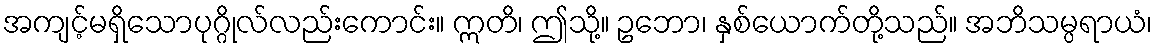
အကျင့်မရှိသောပုဂ္ဂိုလ်လည်းကောင်း။ ဣတိ၊ ဤသို့။ ဥဘော၊ နှစ်ယောက်တို့သည်။ အဘိသမ္ပရာယံ၊